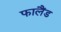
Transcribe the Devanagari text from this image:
फालैंड